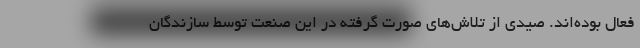
فعال بوده‌اند. صیدی از تلاش‌های صورت گرفته در این صنعت توسط سازندگان